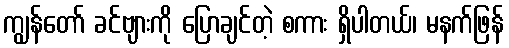
ကျွန်တော် ခင်ဗျားကို ပြောချင်တဲ့ စကား ရှိပါတယ်၊ မနက်ဖြန်